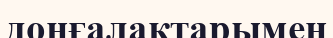
донғалақтарымен